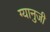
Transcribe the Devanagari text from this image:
ग्यानुजी